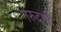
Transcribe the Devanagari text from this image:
नेरुदाची